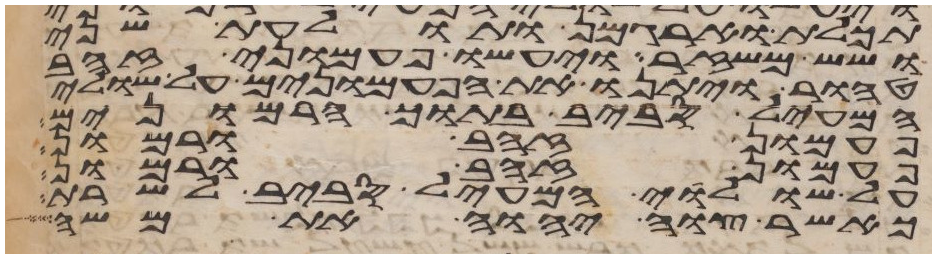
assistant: תכלת וארגמן ותולעת שני
ושש משזר ויעשו פעמוני זהב
טהור ויתנו את הפעמונים על שולי
המעיל סביב בתוך הרמונים
פעמון זהב ורמון
פעמון זהב ורמון
על שולי המעיל סביב לשרת
כאשר צוה יהוה את משה